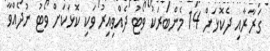
ގަރާރާއި ދެކޮޅަށް 14 މެންބަރަކު ވޯޓު ދެއްވިއިރު ވަކި ކޮޅަކަށް ވޯޓު ނުދެއްވާ